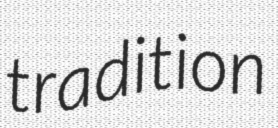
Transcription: tradition